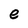
Character: e